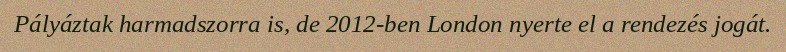
Pályáztak harmadszorra is, de 2012-ben London nyerte el a rendezés jogát.